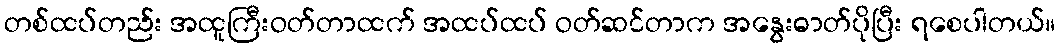
တစ်ထပ်တည်း အထူကြီးဝတ်တာထက် အထပ်ထပ် ဝတ်ဆင်တာက အနွေးဓာတ်ပိုပြီး ရစေပါတယ်။